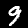
Digit: 9